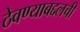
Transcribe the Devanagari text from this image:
ठेवण्याबद्दलची